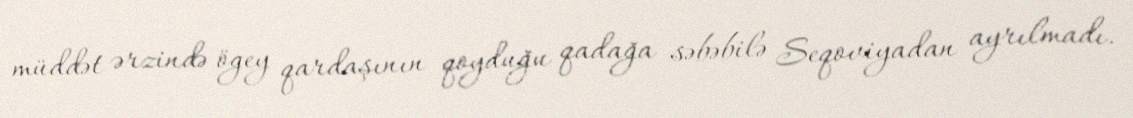
müddət ərzində ögey qardaşının qoyduğu qadağa səbəbilə Seqoviyadan ayrılmadı.